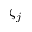
\zeta _ { j }